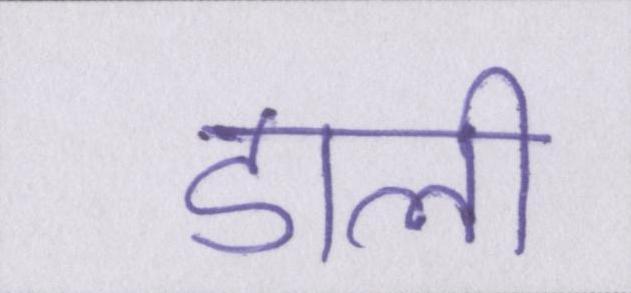
डाली